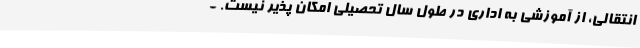
انتقالی، از آموزشی به اداری در طول سال تحصیلی امکان پذیر نیست. -